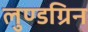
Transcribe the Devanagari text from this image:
लुण्डग्रिन